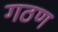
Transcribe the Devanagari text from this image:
गठण